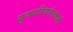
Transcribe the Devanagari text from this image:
युगपरिवर्तनकारी